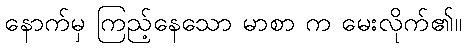
နောက်မှ ကြည့်နေသော မာစာ က မေးလိုက်၏။